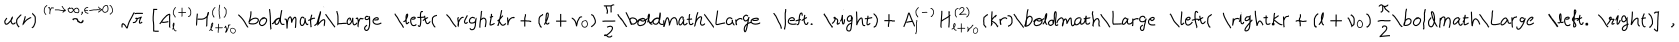
LaTeX: u ( r ) \stackrel { ( r \rightarrow \infty , \epsilon \rightarrow 0 ) } { \sim } \sqrt { r } \, \left[ A _ { l } ^ { ( + ) } H _ { l + \nu _ { 0 } } ^ { ( 1 ) } \mathrm { \boldmath \Large ~ \left( ~ \right. ~ } \! \! \! k r + \left( l + \nu _ { 0 } \right) \frac { \pi } { 2 } \mathrm { \boldmath \Large ~ \left. ~ \right) ~ } \! \! + A _ { l } ^ { ( - ) } H _ { l + \nu _ { 0 } } ^ { ( 2 ) } ( k r ) \mathrm { \boldmath \Large ~ \left( ~ \right. ~ } \! \! \! k r + \left( l + \nu _ { 0 } \right) \frac { \pi } { 2 } \mathrm { \boldmath \Large ~ \left. ~ \right) ~ } \! \! \right] \; ,